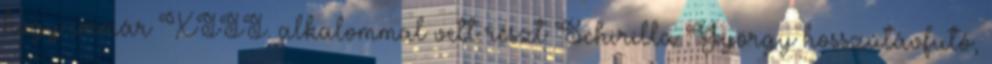
hogy immár XIII. alkalommal vett részt Schirilla György hosszútávfutó,